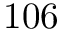
1 0 6